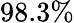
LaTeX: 98.3\%